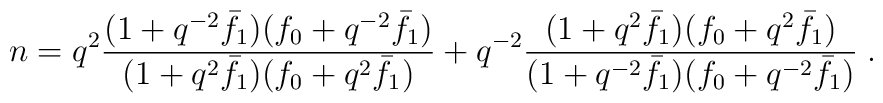
n=q^{2}\frac{(1+q^{-2}\bar{f}_{1})(f_{0}+q^{-2}\bar{f}_{1})}{(1+q^{2}\bar{f}_{1})(f_{0}+q^{2}\bar{f}_{1})}+q^{-2}\frac{(1+q^{2}\bar{f}_{1})(f_{0}+q^{2}\bar{f}_{1})}{(1+q^{-2}\bar{f}_{1})(f_{0}+q^{-2}\bar{f}_{1})}\;.